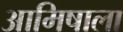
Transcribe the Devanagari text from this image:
आमिषाला